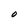
Character: O